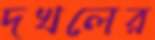
দখলের